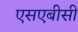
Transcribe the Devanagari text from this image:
एसएबीसी